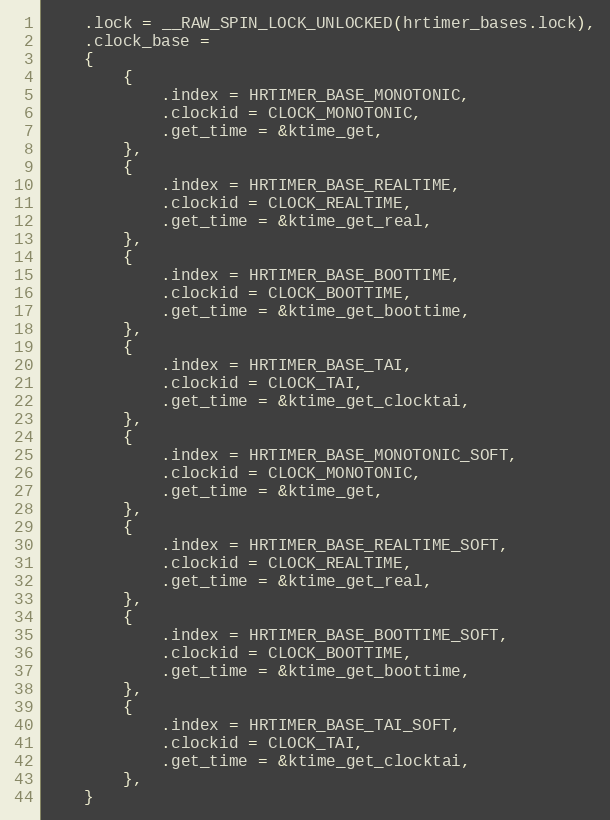
Language: C
	.lock = __RAW_SPIN_LOCK_UNLOCKED(hrtimer_bases.lock),
	.clock_base =
	{
		{
			.index = HRTIMER_BASE_MONOTONIC,
			.clockid = CLOCK_MONOTONIC,
			.get_time = &ktime_get,
		},
		{
			.index = HRTIMER_BASE_REALTIME,
			.clockid = CLOCK_REALTIME,
			.get_time = &ktime_get_real,
		},
		{
			.index = HRTIMER_BASE_BOOTTIME,
			.clockid = CLOCK_BOOTTIME,
			.get_time = &ktime_get_boottime,
		},
		{
			.index = HRTIMER_BASE_TAI,
			.clockid = CLOCK_TAI,
			.get_time = &ktime_get_clocktai,
		},
		{
			.index = HRTIMER_BASE_MONOTONIC_SOFT,
			.clockid = CLOCK_MONOTONIC,
			.get_time = &ktime_get,
		},
		{
			.index = HRTIMER_BASE_REALTIME_SOFT,
			.clockid = CLOCK_REALTIME,
			.get_time = &ktime_get_real,
		},
		{
			.index = HRTIMER_BASE_BOOTTIME_SOFT,
			.clockid = CLOCK_BOOTTIME,
			.get_time = &ktime_get_boottime,
		},
		{
			.index = HRTIMER_BASE_TAI_SOFT,
			.clockid = CLOCK_TAI,
			.get_time = &ktime_get_clocktai,
		},
	}